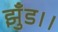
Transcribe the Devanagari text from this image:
झुँड।।